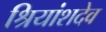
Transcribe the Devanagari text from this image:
श्रियांशदेव